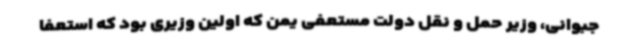
جبوانی، وزیر حمل و نقل دولت مستعفی یمن که اولین وزیری بود که استعفا